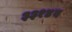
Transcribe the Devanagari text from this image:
३३१४ब